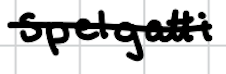
Text: Spelgatti
Cross-out: single-line
Writing tool: digital_black